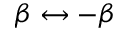
\beta \leftrightarrow - \beta